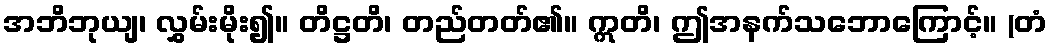
အဘိဘုယျ၊ လွှမ်းမိုး၍။ တိဋ္ဌတိ၊ တည်တတ်၏။ ဣတိ၊ ဤအနက်သဘောကြောင့်။ (တံ